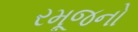
રમૂજનો